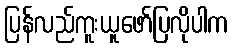
ပြန်လည်ကူးယူဖော်ပြလိုပါက